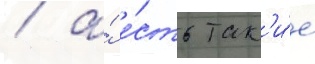
/ а́ е́сть так'и́е